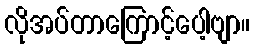
လိုအပ်တာကြောင့်ပေါ့ဗျာ။